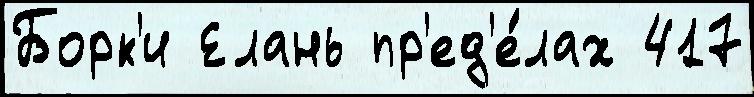
Борк'и Елань пр'ед'е́лах 417